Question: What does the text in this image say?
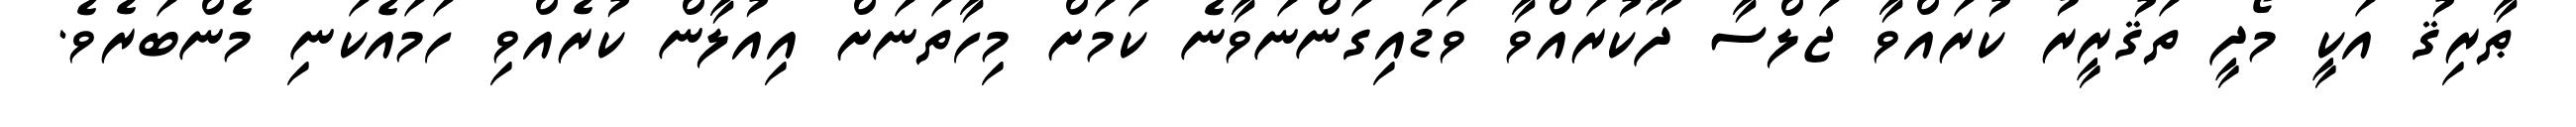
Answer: ޠާރިޤު އަކީ މޯދީ ތަޤުރީރު ކުރައްވާ ޖަލްސާ ދޫކުރައްވާ ވަޑައިގަންނަވާނެ ކަމަށް މިހާތަނަށް އިއުލާން ކުރެއްވި ހަމައެކަނި މެންބަރެވެ.